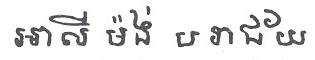
អាលី ម៉ង់ បរាជ័យ